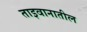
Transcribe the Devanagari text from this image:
ताइवानातील